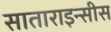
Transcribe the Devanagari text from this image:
साताराइन्सीस